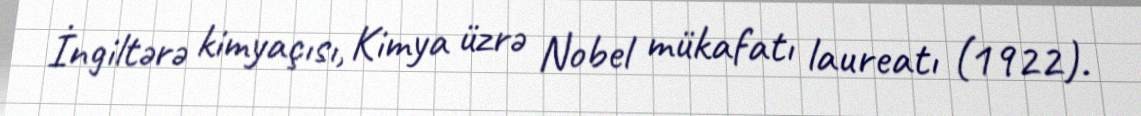
İngiltərə kimyaçısı, Kimya üzrə Nobel mükafatı laureatı (1922).